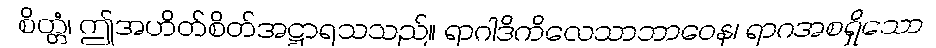
စိတ္တံ၊ ဤအဟိတ်စိတ်အဋ္ဌာရသသည်။ ရာဂါဒိကိလေသာဘာဝေန၊ ရာဂအစရှိသော